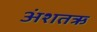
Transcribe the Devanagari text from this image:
अंशतऋ